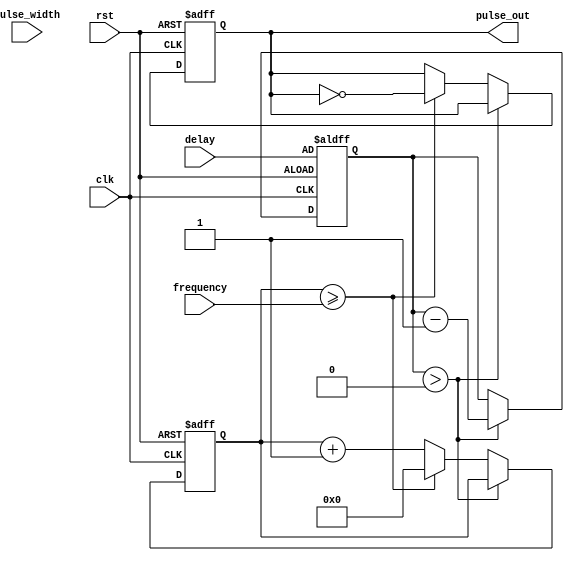
module PulseGenerator (
input wire clk,
input wire rst,
input wire [7:0] pulse_width,
input wire [15:0] frequency,
input wire [15:0] delay,
output reg pulse_out
);

reg [15:0] counter;
reg [15:0] delay_counter;

always @(posedge clk or posedge rst) begin
if (rst) begin
counter <= 0;
delay_counter <= delay;
pulse_out <= 0;
end else begin
if (delay_counter > 0) begin
delay_counter <= delay_counter - 1;
end else begin
if (counter >= frequency) begin
counter <= 0;
pulse_out <= ~pulse_out;
end else begin
counter <= counter + 1;
end
end
end
end

endmodule